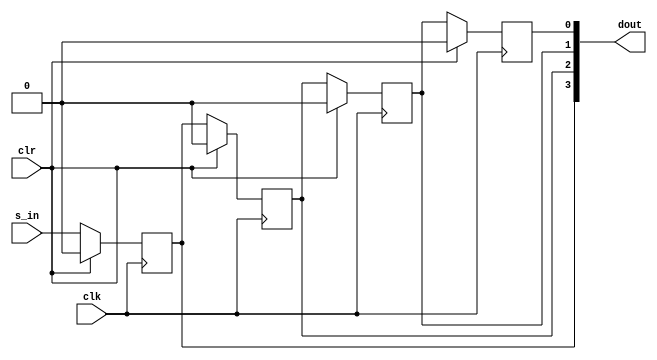
module right_shift(s_in, clk, clr, dout);

parameter width = 4;

// Assigning outputs as input/output
input s_in, clk, clr;
output reg [width-1 : 0] dout;

// Initializing registers
initial
begin
	dout = { width{1'b0} };
end

// Right-Shift action:
// Shifting all the bits, less the last
generate
	genvar i;
	for (i = 0; i<width-1; i = i+1)
	begin : gen1
		always @(posedge clk)
		begin
			// Shift
			dout[i] = dout[i+1];
			// Takes care of synchronous clear
			if (clr)
				dout[i] = 1'b0;
		end
	end
endgenerate

always @(posedge clk)
begin
	// Pull in first bit
	dout[width-1] = s_in;	
	// Takes care of synchronous clear
	if (clr)
		dout[width-1] = 1'b0;
	
end

endmodule